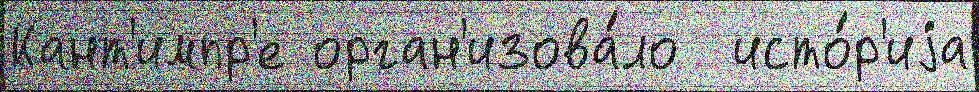
Кант'импр'е орган'изова́ло  исто́р'иjа